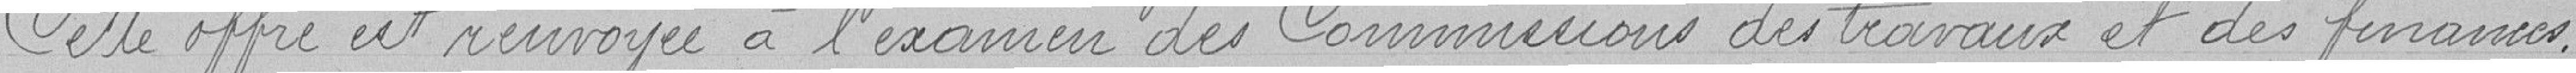
Cette offre est renvoyée à l'examen de la Commission des travaux et des finances.